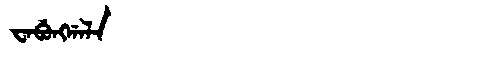
Manchu: ᠸᠠᠪᡠᠩᡤᠠᠯᠠ
Romanization: WABUNGGALA